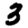
Digit: 3